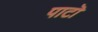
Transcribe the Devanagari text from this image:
पाटॊ